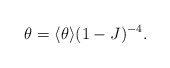
\begin{align*}\theta = \langle \theta \rangle (1 - J)^{-4}.\end{align*}